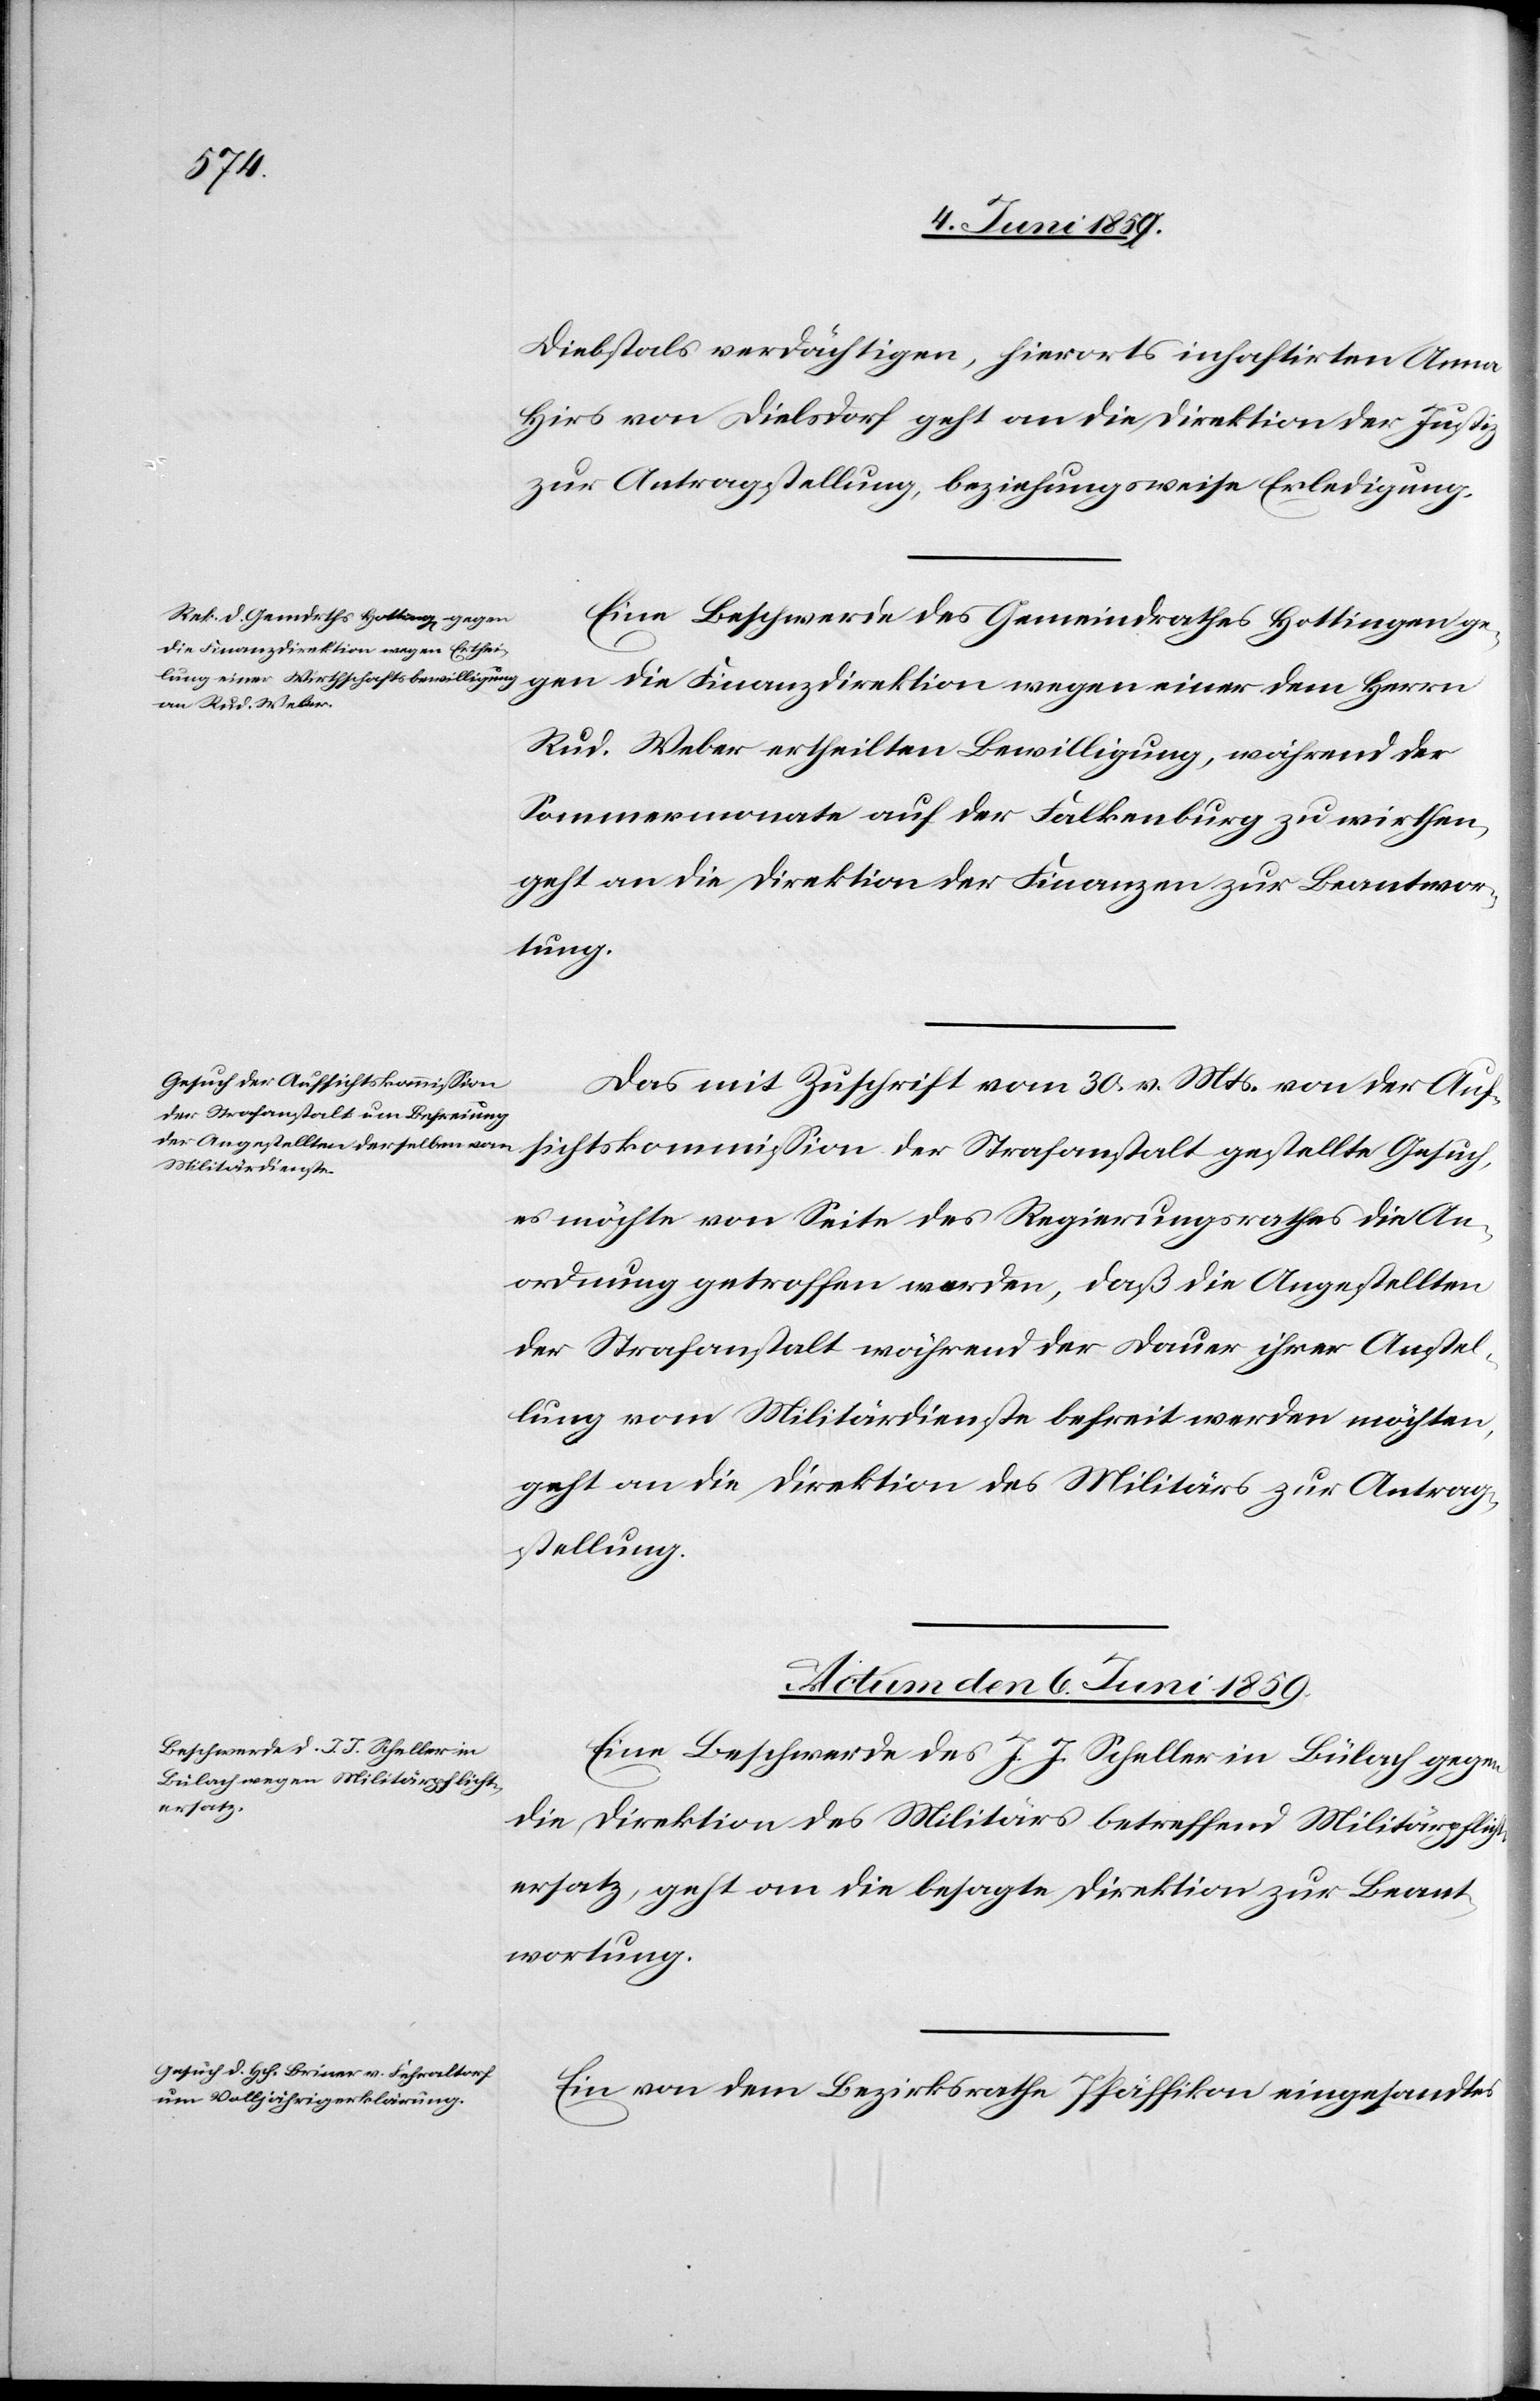
Diebstals verdächtigen, hierorts inhaftirten Anna
Hirs von Dielsdorf geht an die Direktion der Justiz
zur Antragsstellung, beziehungsweise Erledigung.
Eine Beschwerde des Gemeindrathes Hottingen ge¬
gen die Finanzdirektion wegen einer dem Herrn
Rud. Weber ertheilten Bewilligung, während der
Sommermonate auf der Falkenburg zu wirthen,
geht an die Direktion der Finanzen zur Beantwor¬
tung.
Das mit Zuschrift vom 30. v. Mts. von der Auf¬
sichtskommission der Strafanstalt gestellte Gesuch,
es möchte von Seite des Regierungsrathes die An¬
ordnung getroffen werden, daß die Angestellten
der Strafanstalt während der Dauer ihrer Anstel¬
lung vom Militärdienste befreit werden möchten,
geht an die Direktion des Militärs zur Antrag¬
stellung.
Actum den 6. Juni 1859.]
Eine Beschwerde des J. J. Scheller in Bülach gegen
die Direktion des Militärs betreffend Militärpflich¬
tersatz, geht an die besagte Direktion zur Beant¬
wortung.
Ein von dem Bezirksrathe Pfäffikon eingesandtes